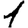
Digit: 1